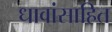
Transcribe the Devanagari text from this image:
धावांसाहित